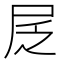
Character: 㞏